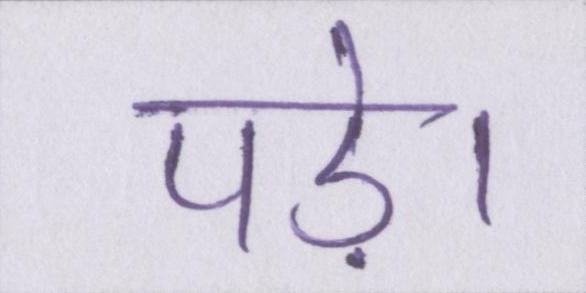
पड़े।